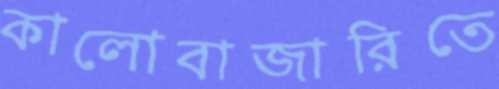
কালোবাজারিতে